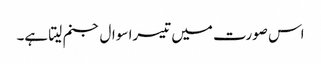
اس صورت میں تیسرا سوال جنم لیتا ہے۔